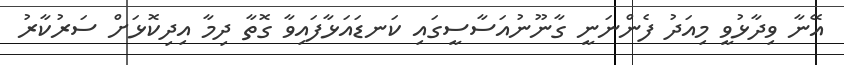
އޭނާ ވިދާޅުވީ މިއަދު ފެންނަނީ ގާނޫނުއަސާސީގައި ކަނޑައަޅާފައިވާ ގޮތާ ދިމާ އިދިކޮޅަށް ސަރުކާރު